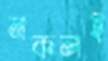
নকলই